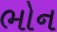
ભોન